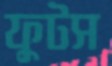
ফুটস